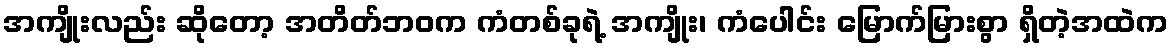
အကျိုးလည်း ဆိုတော့ အတိတ်ဘဝက ကံတစ်ခုရဲ့ အကျိုး၊ ကံပေါင်း မြောက်မြားစွာ ရှိတဲ့အထဲက